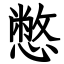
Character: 憋